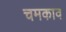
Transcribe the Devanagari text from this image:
चमकाव